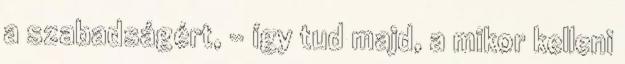
a szabadságért, - így tud majd, a mikor kelleni